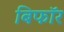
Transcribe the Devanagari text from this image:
बिफाॅर